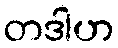
တဒါဟ